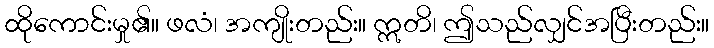
ထိုကောင်းမှု၏။ ဖလံ၊ အကျိုးတည်း။ ဣတိ၊ ဤသည်လျှင်အပြီးတည်း။